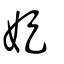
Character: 娖